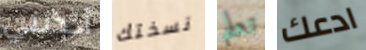
أخذتني نسختك تعلم ادعك